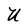
Character: U